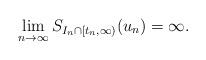
LaTeX: \begin{align*}\lim_{n\to\infty} S_{I_n \cap [ t_n,\infty) } (u_n) =\infty.\end{align*}